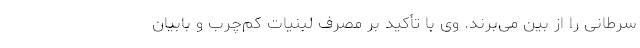
سرطانی را از بین می‌برند. وی با تأکید بر مصرف لبنیات کم‌چرب و بابیان